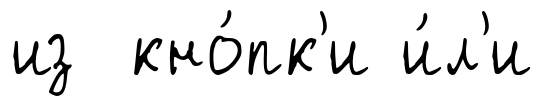
из кно́пк'и и́л'и